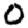
Digit: 0